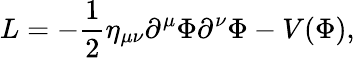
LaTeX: L=-\frac{1}{2}\eta_{\mu\nu}\partial^{\mu}\Phi\partial^{\nu}\Phi-V(\Phi),